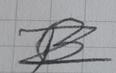
Signature authenticity: forged